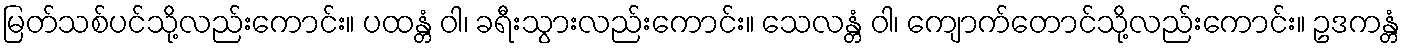
မြတ်သစ်ပင်သို့လည်းကောင်း။ ပထန္တံ ဝါ၊ ခရီးသွားလည်းကောင်း။ သေလန္တံ ဝါ၊ ကျောက်တောင်သို့လည်းကောင်း။ ဥဒကန္တံ